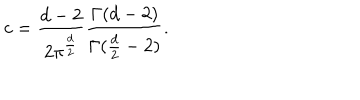
c = { \frac { d - 2 } { 2 \pi ^ { \frac { d } { 2 } } } } { \frac { \Gamma ( d - 2 ) } { \Gamma ( { \frac { d } { 2 } } - 2 ) } } .